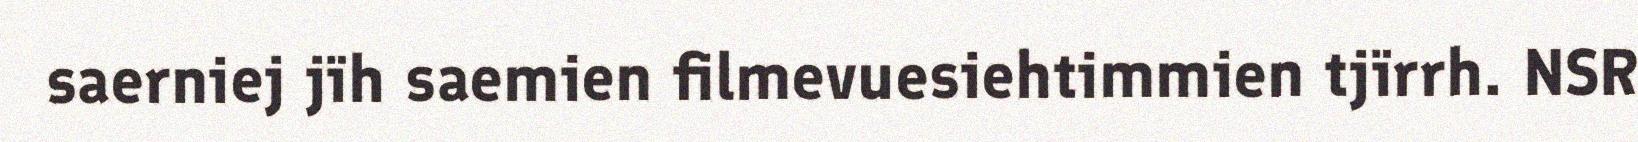
saerniej jïh saemien filmevuesiehtimmien tjïrrh. NSR